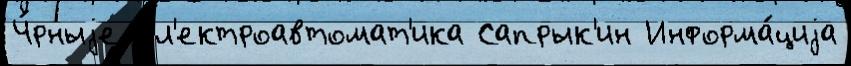
Ч́рныjе Эл'ектроавтомат'ика Сапрык'ин Информа́циjа